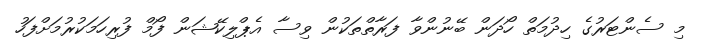
މި ސެންޓަރުގެ ހިދުމަތް ހޯދަން ބޭނުންވާ ފަރާތްތަކުން ވިސާ އެޕްލިކޭޝަން ފޯމް ފުރިހަމަކުރުމަށްފަހު